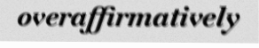
overaffirmatively